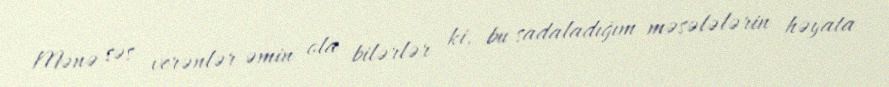
Mənə səs verənlər əmin ola bilərlər ki, bu sadaladığım məsələlərin həyata